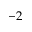
- 2